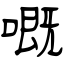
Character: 嘅